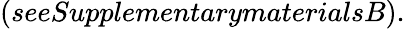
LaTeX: (seeSupplementarymaterialsB).